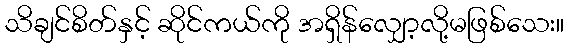
သိချင်စိတ်နှင့် ဆိုင်ကယ်ကို အရှိန်လျှော့လို့မဖြစ်သေး။